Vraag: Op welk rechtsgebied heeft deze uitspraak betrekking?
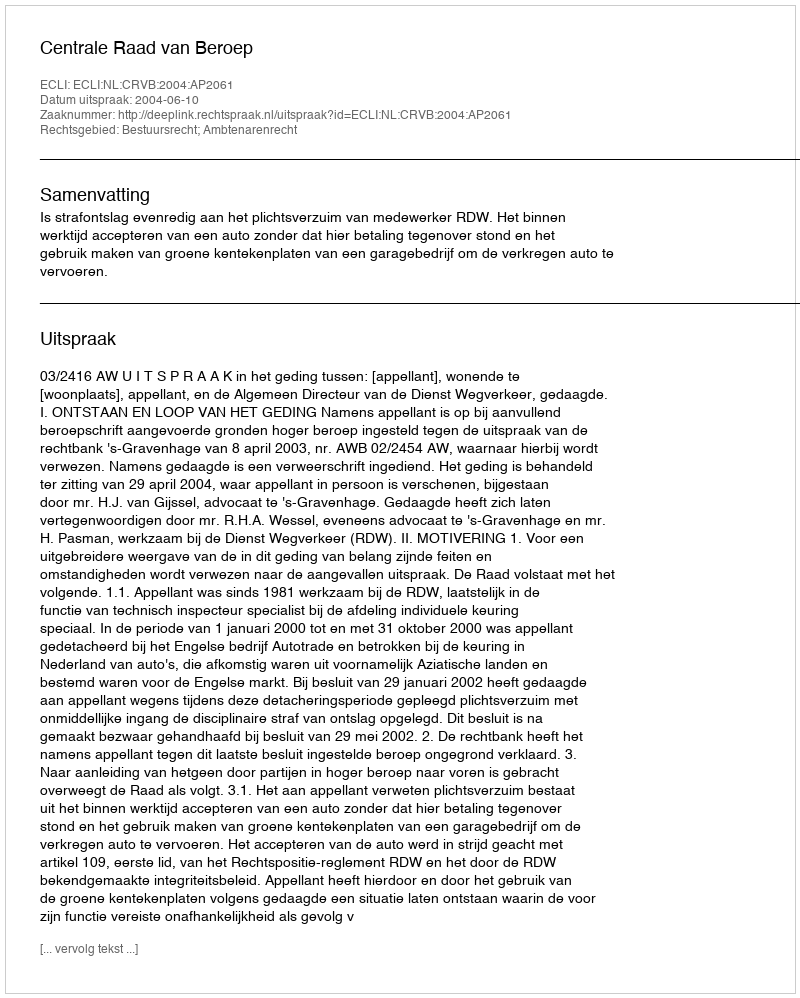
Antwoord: Bestuursrecht; Ambtenarenrecht